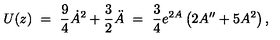
U ( z ) \ = \ \frac { 9 } { 4 } \dot { A } ^ { 2 } + \frac { 3 } { 2 } \ddot { A } \ = \ \frac { 3 } { 4 } e ^ { 2 A } \left( 2 A ^ { \prime \prime } + 5 A ^ { 2 } \right) ,